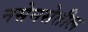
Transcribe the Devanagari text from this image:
नसेनसेतील